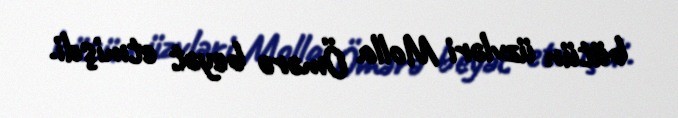
bütün üzvləri Molla Ömərə beyət etmişdi.